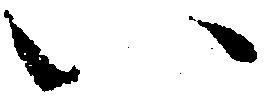
い